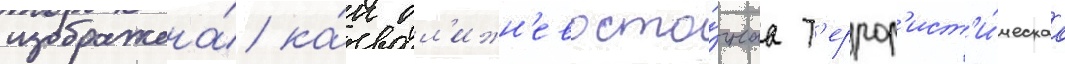
изображена́ ка́к бл'ижн'евосто́чнаа т'еррор'ист'и́ческаа